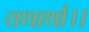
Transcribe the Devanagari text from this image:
यथार्था।।